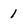
Character: 1